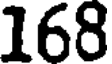
168